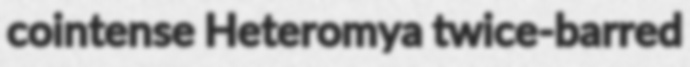
cointense Heteromya twice-barred